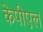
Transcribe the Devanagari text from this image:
केपीएल